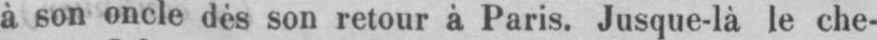
à son oncle dès son retour à Paris. Jusque-là le che-